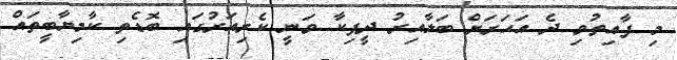
މި ފާއިތުވި ދެ އަހަރަށް ބަލާއިރު ދީޕިކާ ވަނީ ކެރިއަރުގައި ބޮޑެތި ކާމިޔާބީތައް